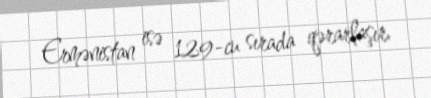
Ermənistan isə 129-cu sırada qərarlaşır.